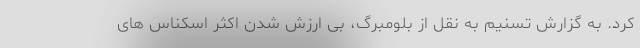
کرد. به گزارش تسنیم به نقل از بلومبرگ، بی ارزش شدن اکثر اسکناس ‌های